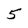
Character: 5